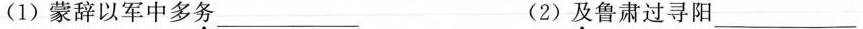
(1) 蒙辞以军中多务 ___ (2) 及鲁肃过寻阳___